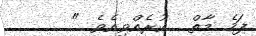
ފަހެ މާތް  ކުރެއްވިއެވެ. "    .